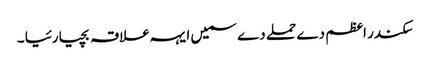
سکندر اعظم دے حملے دے سمیں ایہہ علاقہ بچیا رئیا ۔